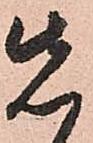
先